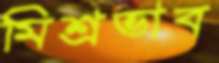
মিশ্রভাব